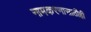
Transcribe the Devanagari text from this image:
नामकरणासाठीही